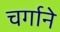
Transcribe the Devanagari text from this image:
चर्गाने